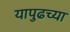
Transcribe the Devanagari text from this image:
यापुढच्या